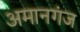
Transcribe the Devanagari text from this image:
अमानगंज